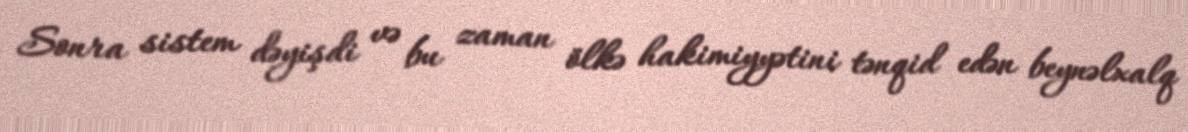
Sonra sistem dəyişdi və bu zaman ölkə hakimiyyətini tənqid edən beynəlxalq